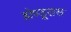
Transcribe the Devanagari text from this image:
होण्डूरास